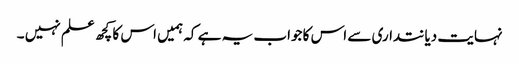
نہایت دیانتداری سے اس کا جواب یہ ہے کہ ہمیں اس کا کچھ علم نہیں ۔